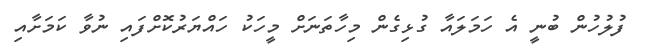
ފުލުހުން ބުނީ އެ ހަމަލައާ ގުޅިގެން މިހާތަނަށް މީހަކު ހައްޔަރުކޮށްފައި ނުވާ ކަމަށާއި